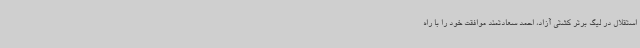
استقلال در لیگ برتر کشتی آزاد، احمد سعادتمند موافقت خود را با راه